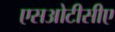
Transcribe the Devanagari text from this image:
एसओटीसीए